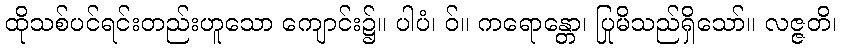
ထိုသစ်ပင်ရင်းတည်းဟူသော ကျောင်း၌။ ပါပံ၊ ဝ်။ ကရောန္တော၊ ပြုမိသည်ရှိသော်။ လဇ္ဇတိ၊